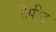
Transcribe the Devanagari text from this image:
टेंपीट